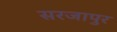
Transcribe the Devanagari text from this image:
सरजापुर